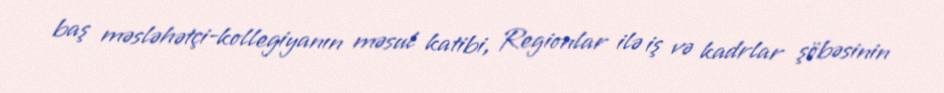
baş məsləhətçi-kollegiyanın məsul katibi, Regionlar ilə iş və kadrlar şöbəsinin